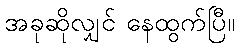
အခုဆိုလျှင် နေထွက်ပြီ။